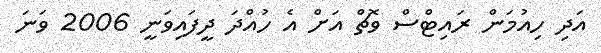
އަދި ހިއުމަން ރައިޓްސް ވޮޗް އަށް އެ ހުއްދަ ދީފައިވަނީ 2006 ވަނަ